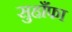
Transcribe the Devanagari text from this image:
सुहाँफा